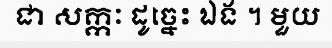
ជា សក្កៈ ដូច្នេះ ឯង ។ មួយ